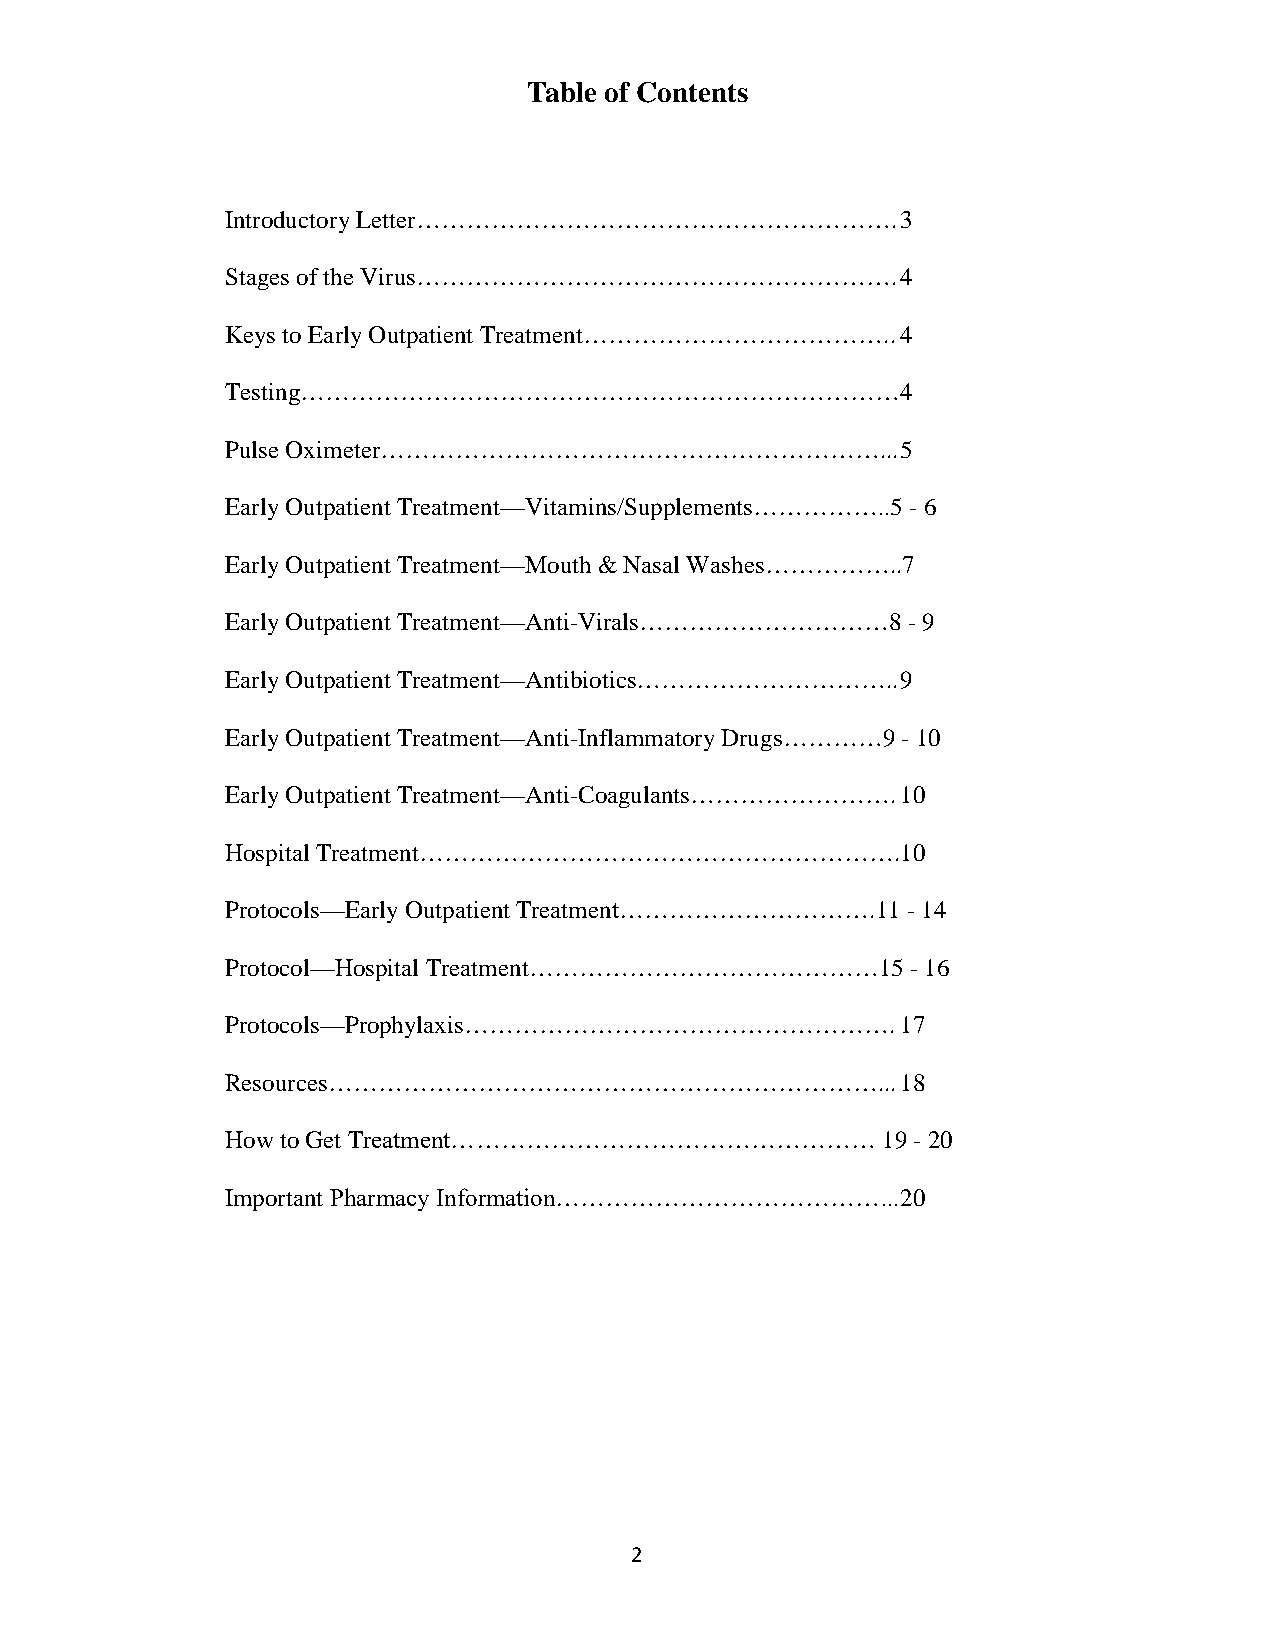
Table of Contents
 Introductory Letter………………………………………………….      3
 Stages of the Virus………………………………………………….      4
 Keys to Early Outpatient Treatment……………………………….. 4
 Testing………………………………………………………………4
 Pulse Oximeter……………………………………………………...        5
 Early Outpatient Treatment—Vitamins/Supplements……………..5 - 6
 Early Outpatient Treatment—Mouth & Nasal Washes……………..7
 Early Outpatient Treatment—Anti-Virals…………………………8 - 9
 Early Outpatient Treatment—Antibiotics………………………….. 9
 Early Outpatient Treatment—Anti-Inflammatory Drugs…………9 - 10
 Early Outpatient Treatment—Anti-Coagulants……………………. 10
 Hospital Treatment………………………………………………….10
 Protocols—Early Outpatient Treatment………………………….11 - 14
 Protocol—Hospital Treatment……………………………………15  - 16
 Protocols—Prophylaxis…………………………………………….      17
 Resources…………………………………………………………...           18
 How to Get Treatment……………………………………………      19 - 20
 Important Pharmacy Information…………………………………... 20
 2